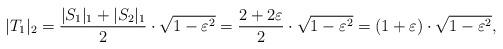
LaTeX: \begin{align*}|T_1|_2=\frac{|S_1|_1+|S_2|_1}{2}\cdot \sqrt{1-\varepsilon^2}=\frac{2+2\varepsilon}{2}\cdot\sqrt{1-\varepsilon^2}=(1+\varepsilon)\cdot\sqrt{1-\varepsilon^2},\end{align*}